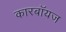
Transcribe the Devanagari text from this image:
कारबॉयज